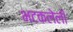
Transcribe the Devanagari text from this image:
भटकलेली